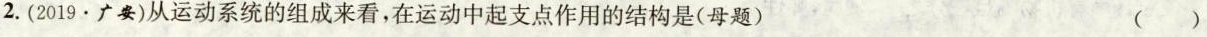
2.(2019.广要)从运动系统的组成来看，在运动中起支点作用的结构是(母题) ()